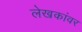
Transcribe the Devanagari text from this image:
लेखकांवर